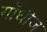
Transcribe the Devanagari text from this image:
गाँधीज